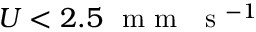
U < 2 . 5 ~ \mathrm { ~ m ~ m ~ ~ ~ s ~ } ^ { - 1 }